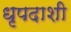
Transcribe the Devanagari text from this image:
धृपदाशी